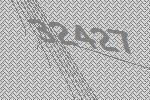
32427